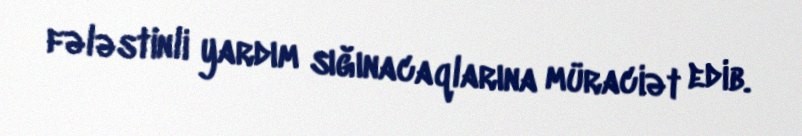
fələstinli yardım sığınacaqlarına müraciət edib.